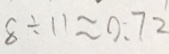
8 \div 1 1 \approx 0 : 7 2